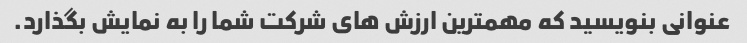
عنوانی بنویسید که مهمترین ارزش های شرکت شما را به نمایش بگذارد.